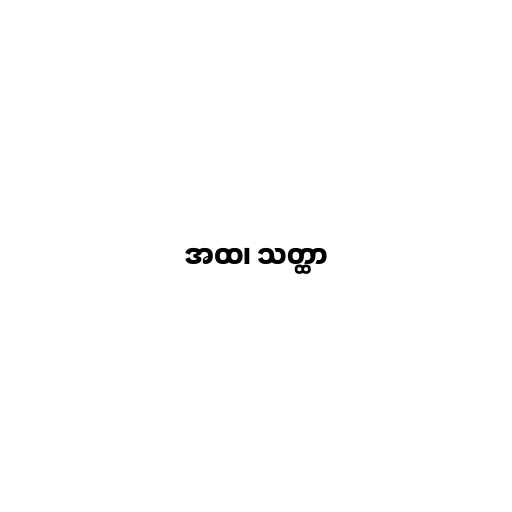
အထ၊ သတ္ထာ